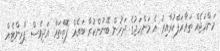
މަންހަޖެއް ތައާރަފްކުރާއިރު އެ މަންހަޖުގެ ދަށުން ބޭނުންކުރާ ބައެއް ފޮތްތައް އަދިވެސް ޕްރިންޓެއް